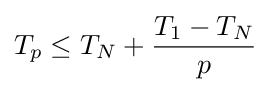
T_{p}\leq T_{N}+{\frac {T_{1}-T_{N}}{p}}